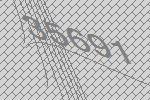
35691